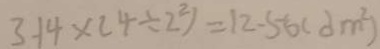
3 . 1 4 \times ( 4 \div 2 ^ { 2 } ) = 1 2 . 5 6 ( d m ^ { 2 } )